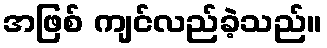
အဖြစ် ကျင်လည်ခဲ့သည်။